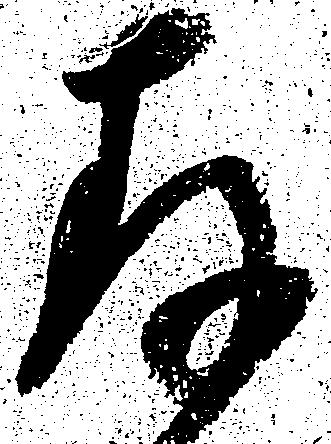
存